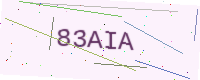
Text: 83AIA